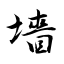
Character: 墻